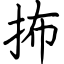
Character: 抪